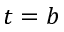
t = b